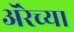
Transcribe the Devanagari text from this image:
ॲरेच्या